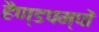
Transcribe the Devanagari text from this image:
हैण्डपम्पों